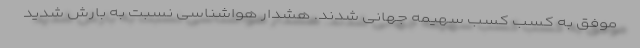
موفق به کسب کسب سهیمه جهانی شدند. هشدار هواشناسی نسبت به بارش شدید